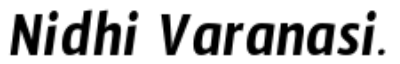
Nidhi Varanasi.